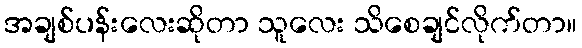
အချစ်ပန်းလေးဆိုတာ သူလေး သိစေချင်လိုက်တာ။